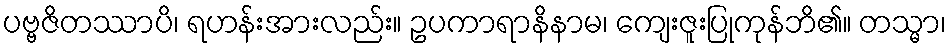
ပဗ္ဗဇိတဿာပိ၊ ရဟန်းအားလည်း။ ဥပကာရာနိနာမ၊ ကျေးဇူးပြုကုန်ဘိ၏။ တသ္မာ၊